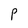
Character: P